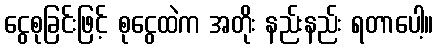
ငွေစုခြင်းဖြင့် စုငွေထဲက အတိုး နည်းနည်း ရတာပေါ့။